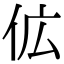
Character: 𬽷